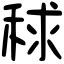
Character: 𥟇